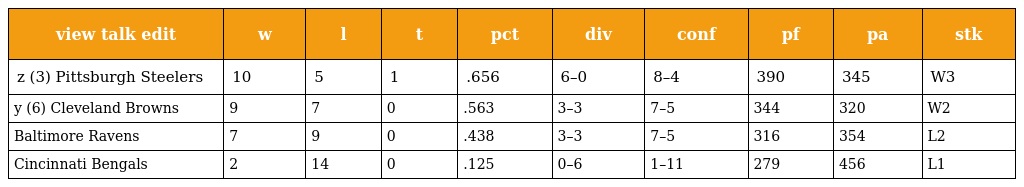
| view talk edit | w | l | t | pct | div | conf | pf | pa | stk |
 | --- | --- | --- | --- | --- | --- | --- | --- | --- | --- |
 | z (3) Pittsburgh Steelers | 10 | 5 | 1 | .656 | 6–0 | 8–4 | 390 | 345 | W3 |
 | y (6) Cleveland Browns | 9 | 7 | 0 | .563 | 3–3 | 7–5 | 344 | 320 | W2 |
 | Baltimore Ravens | 7 | 9 | 0 | .438 | 3–3 | 7–5 | 316 | 354 | L2 |
 | Cincinnati Bengals | 2 | 14 | 0 | .125 | 0–6 | 1–11 | 279 | 456 | L1 |